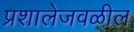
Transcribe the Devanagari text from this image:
प्रशालेजवळील